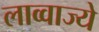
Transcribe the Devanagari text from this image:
लाव्वाज्ये